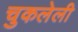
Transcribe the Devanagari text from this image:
चुकलेली